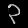
Digit: ၃